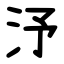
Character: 汿